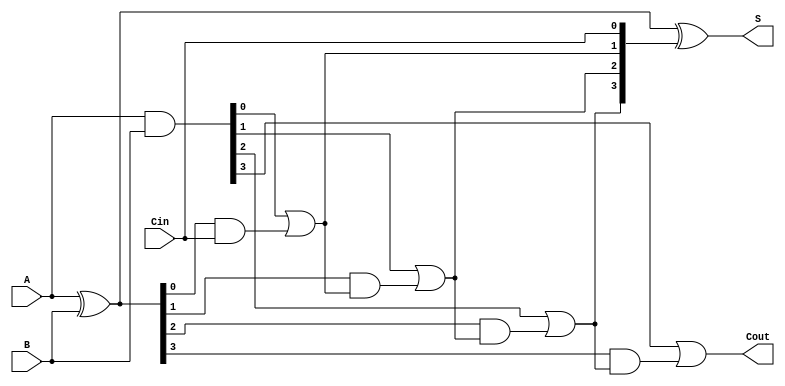
module SklanskyAdder #(parameter N = 4) (
    input  wire [N-1:0] A,      // First n-bit input
    input  wire [N-1:0] B,      // Second n-bit input
    input  wire Cin,             // Input carry
    output wire [N-1:0] S,       // Sum output
    output wire Cout             // Final carry output
);

    // Generate (G) and Propagate (P) signals
    wire [N-1:0] G; // Generate
    wire [N-1:0] P; // Propagate
    wire [N:0] C;   // Carry signals

    // Compute Generate and Propagate signals
    assign G = A & B;         // G[i] = A[i] & B[i]
    assign P = A ^ B;         // P[i] = A[i] ^ B[i]

    // Compute Carry signals in a hierarchical manner
    assign C[0] = Cin;        // C[0] = Cin

    genvar i;
    generate
        // Calculate carries C[i] for i = 1 to N
        for (i = 0; i < N; i = i + 1) begin : carry_generation
            if (i == 0) begin
                assign C[1] = G[0] | (P[0] & C[0]); // C[1] calculation
            end else if (i == 1) begin
                assign C[2] = G[1] | (P[1] & C[1]); // C[2] calculation
            end else if (i == 2) begin
                assign C[3] = G[2] | (P[2] & C[2]); // C[3] calculation
            end else if (i == 3) begin
                assign C[4] = G[3] | (P[3] & C[3]); // C[4] calculation
            end
            // Add further levels if N > 4 (hierarchical structure)
        end
    endgenerate

    // Compute sum S[i]
    assign S = P ^ C[N-1:0];   // S[i] = P[i] ^ C[i]

    // Final carry output
    assign Cout = C[N];        // Cout = C[n] (Final carry out)

endmodule